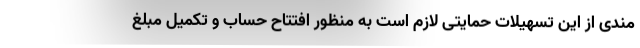
مندی از این تسهیلات حمایتی لازم است به منظور افتتاح حساب و تکمیل مبلغ